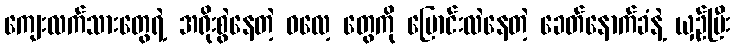
ကျေးလက်သားတွေရဲ့ အရိုးစွဲနေတဲ့ ဓလေ့ တွေကို ပြောင်းလဲနေတဲ့ ခေတ်နောက်ခံနဲ့ ယှဉ်ပြီး